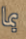
بما